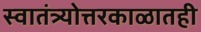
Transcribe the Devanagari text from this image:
स्वातंत्र्योत्तरकाळातही